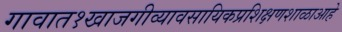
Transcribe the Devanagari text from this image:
गावात१खाजगीव्यावसायिकप्रशिक्षणशाळाआहे